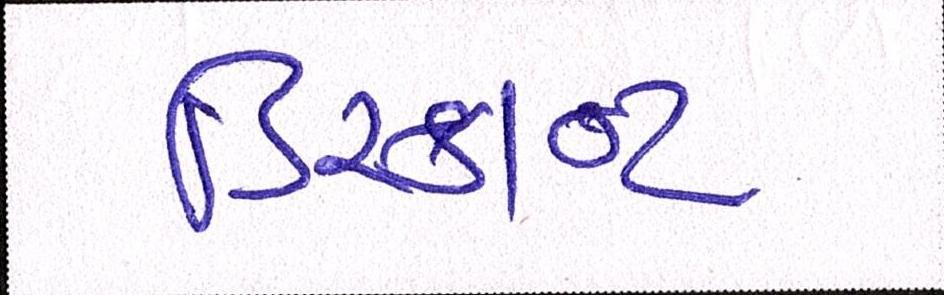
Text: ડિસ્કાન્ટ